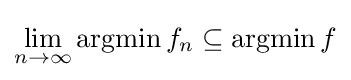
\lim _{n\to \infty }\operatorname {argmin} f_{n}\subseteq \operatorname {argmin} f